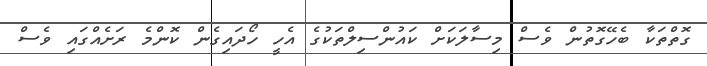
ގޮތްތަކާ ބެހޭގޮތުން ވެސް މިސާލަކަށް ކައުންސިލްތަކުގެ އެހީ ހޯދައިގެން ކޮންމެ ރަށެއްގައި ވެސް